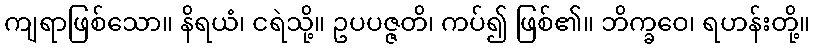
ကျရာဖြစ်သော။ နိရယံ၊ ငရဲသို့။ ဥပပဇ္ဇတိ၊ ကပ်၍ ဖြစ်၏။ ဘိက္ခဝေ၊ ရဟန်းတို့။